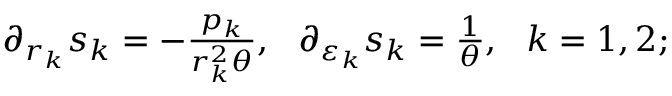
\begin{array} { r } { \partial _ { r _ { k } } s _ { k } = - \frac { p _ { k } } { r _ { k } ^ { 2 } \theta } , \ \ \partial _ { \varepsilon _ { k } } s _ { k } = \frac { 1 } { \theta } , \ \ k = 1 , 2 ; } \end{array}